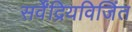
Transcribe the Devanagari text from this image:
सर्वेंद्रियविजिंत